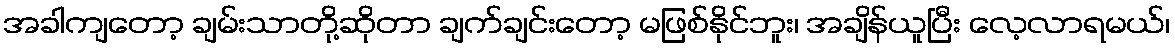
အခါကျတော့ ချမ်းသာတို့ဆိုတာ ချက်ချင်းတော့ မဖြစ်နိုင်ဘူး၊ အချိန်ယူပြီး လေ့လာရမယ်၊